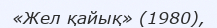
«Жел қайық» (1980),